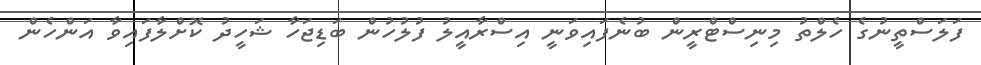
ފަލަސްތީނުގެ ހެލްތު މިނިސްޓްރީން ބުނެފައިވަނީ އިސްރާއީލު ފުލުހުން ބަޑިޖަހާ ޝަހީދު ކޮށްލާފައިވާ އަންހެން